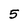
Character: 5